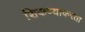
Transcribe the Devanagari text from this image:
शिकण्याकरता